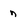
Character: n